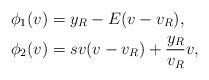
\begin{align*}\phi_1(v)&=y_R-E(v-v_R),\\\phi_2(v)&=sv(v-v_R)+\frac{y_R}{v_R}v,\end{align*}